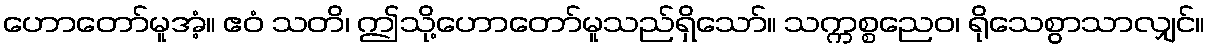
ဟောတော်မူအံ့။ ဧဝံ သတိ၊ ဤသို့ဟောတော်မူသည်ရှိသော်။ သက္ကစ္စညေဝ၊ ရိုသေစွာသာလျှင်။